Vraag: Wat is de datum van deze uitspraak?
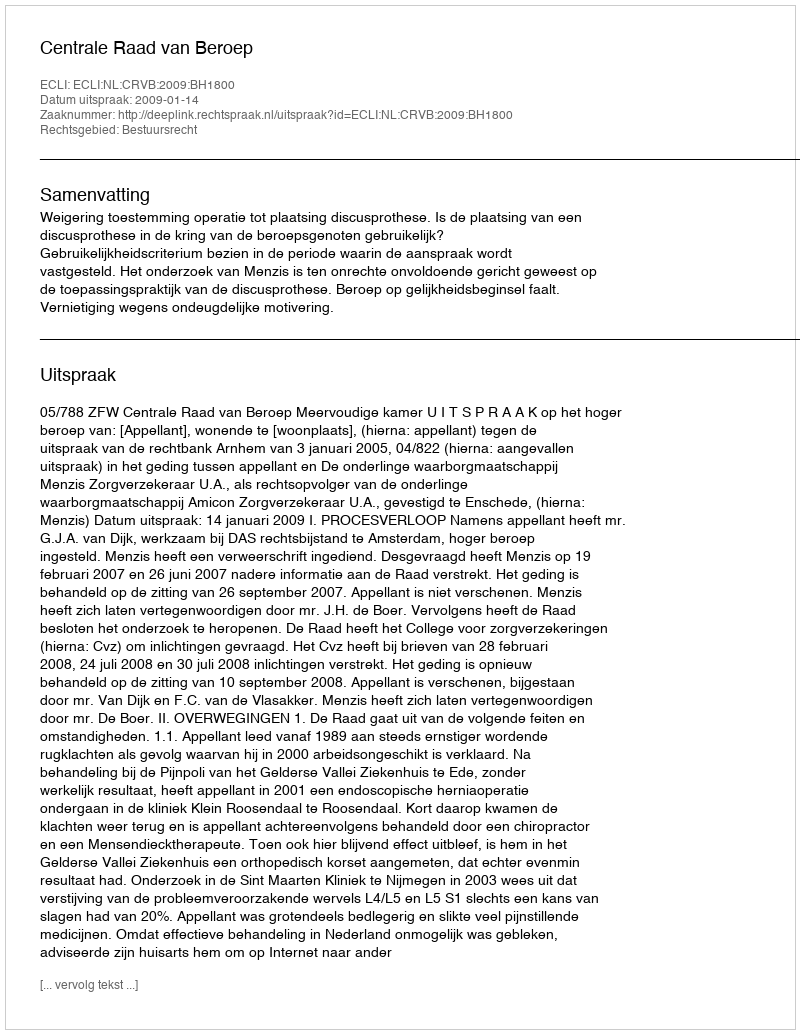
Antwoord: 2009-01-14